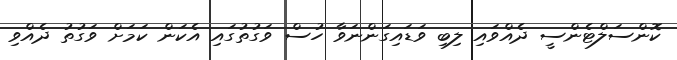
ކޮންސަލްޓެންސީ ދެއްވައި ލިބި ވަޑައިގަންނަވާ ހުސް ވަގުތުގައި އެކަން ކަމަށް ވަގުތު ދެއްވި